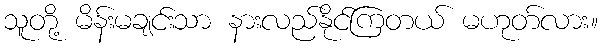
သူတို့ မိန်းမချင်းသာ နားလည်နိုင်ကြတယ် မဟုတ်လား။